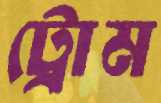
ট্রোম